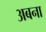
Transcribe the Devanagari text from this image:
अबना